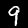
Digit: 9